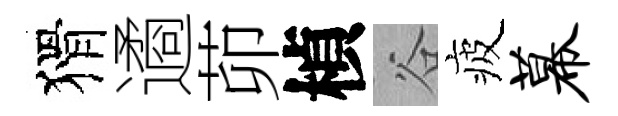
猾遹茆楨谷疲幕